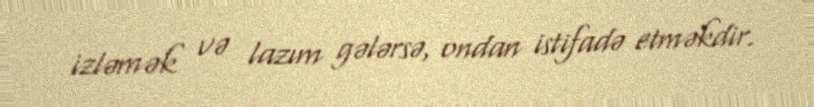
izləmək və lazım gələrsə, ondan istifadə etməkdir.